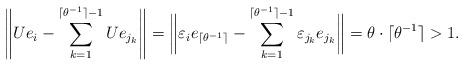
LaTeX: \begin{align*} \Bigg\|Ue_i - \sum_{k=1}^{\lceil \theta^{-1} \rceil - 1} Ue_{j_k} \Bigg\| = \bigg\| \varepsilon_i e_{\lceil \theta^{-1} \rceil} - \sum_{k=1}^{\lceil \theta^{-1} \rceil - 1} \varepsilon_{j_k} e_{j_k} \bigg\| = \theta \cdot \lceil \theta^{-1} \rceil > 1. \end{align*}